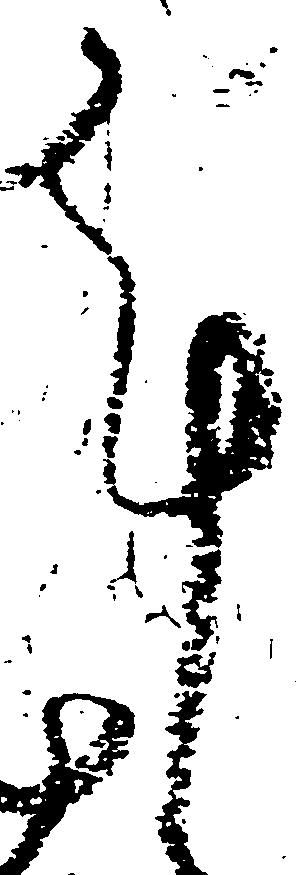
謹